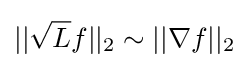
||{\sqrt {L}}f||_{2}\sim ||\nabla f||_{2}